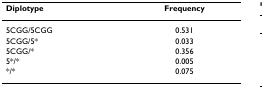
| Diplotype | Frequency |
 | --- | --- |
 | 5CGG/5CGG | 0.531 |
 | 5CGG/5* | 0.033 |
 | 5CGG/* | 0.356 |
 | 5*/* | 0.005 |
 | */* | 0.075 |